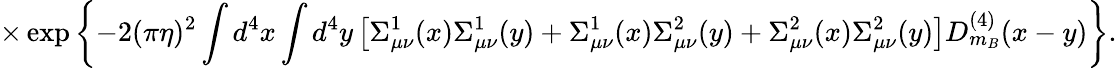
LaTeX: \times\exp\left\{ -2(\pi\eta)^{2}\int d^{4}x\int d^{4}y\left[\Sigma_{\mu\nu}^{1}(x)\Sigma_{\mu\nu}^{1}(y)+\Sigma_{\mu\nu}^{1}(x)\Sigma_{\mu\nu}^{2}(y)+\Sigma_{\mu\nu}^{2}(x)\Sigma_{\mu\nu}^{2}(y)\right]D_{m_{B}}^{(4)}(x-y)\right\} .